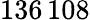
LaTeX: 136\, 108